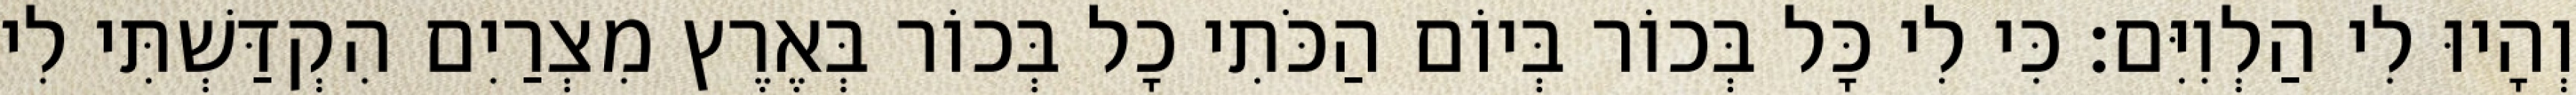
וְהָיוּ לִי הַלְוִיִּם׃ כִּי לִי כָּל בְּכוֹר בְּיוֹם הַכֹּתִי כָל בְּכוֹר בְּאֶרֶץ מִצְרַיִם הִקְדַּשְׁתִּי לִי